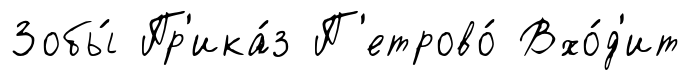
Зобы́ Пр'ика́з П'етрово́ Вхо́д'ит